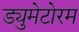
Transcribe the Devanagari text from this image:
ड्युमेटोरम